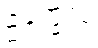
ဥဒုက္ခလံ